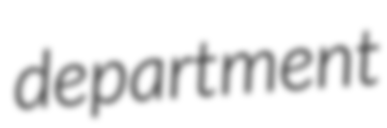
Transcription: department